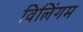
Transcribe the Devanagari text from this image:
विलिंगम